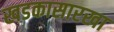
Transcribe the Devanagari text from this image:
खडकासारखा